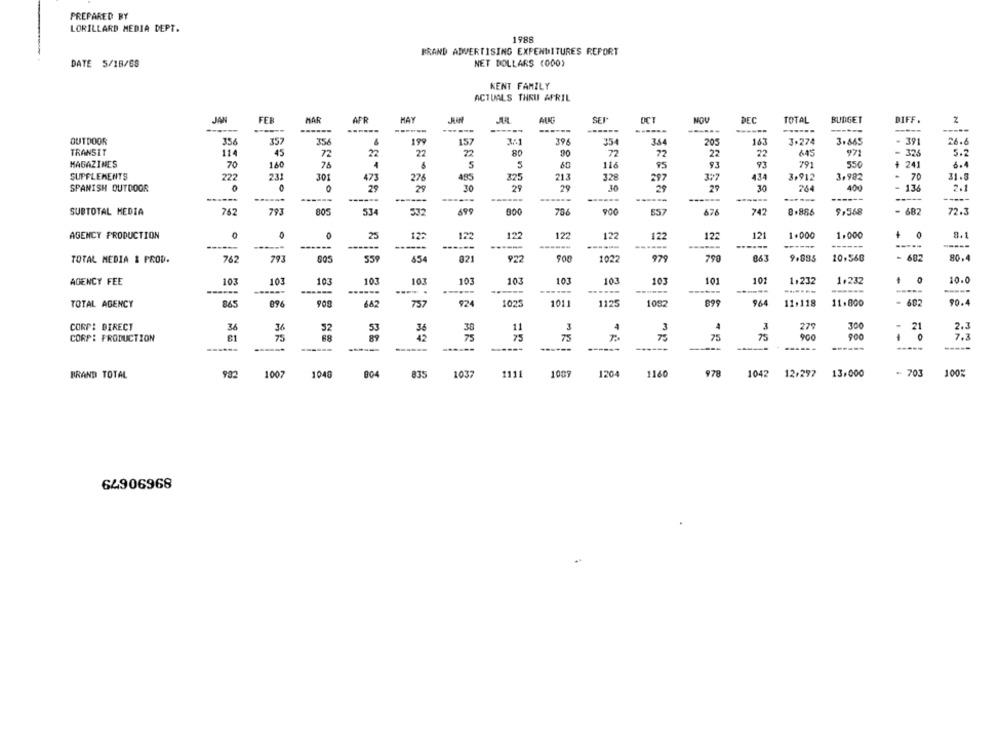
PREPARED BY
LORILLARD MEDIA DEPT.
1988
BRAND ADVERTISING EXPENDITURES REPORT
DATE 5/18/68
NET DOLLARS (000)
KENT FAMILY
ACTUALS THRU AFRIL
JAN
FER
MAR
AFR
MAY
SEI
OCT
MOU
DEC
TOTAL
BUDGET
DIFF .
------
------
------
...
-----
OUTDOOR
356
357
356
199
157
3:1
396
354
354
205
163
3.274
3.865
.
391
26.6
27
TRANSIT
114
45
2
90
77
72
22
22
645
971
324
5.2
MAGAZINES
70
160
76
S
116
85
93
93
791
550
+
241
6.4
SUPPLEMENTS
222
231
301
473
276
485
213
328
297
377
434
3,912
3,982
70
31.5
SPANISH OUTDOOR
0
29
30
25
29
30
29
29
30
264
400
136
2.1
25
------
SUBTOTAL MEDIA
762
793
805
534
532
699
706
900
E57
676
742
8.886
9,568
- 682
72.3
121
8.1
AGENCY PRODUCTION
25
122
122
122
122
122
122
122
1.000
1.000
------
------
------
------
-----
-
863
- 682
TOTAL MEDIA & PROD.
762
793
559
454
821
922
500
1022
979
796
9.885
10,560
80.4
103
103
10.3
103
101
1,232
1.232
10.0
AGENCY FEE
103
103
103
103
103
103
101
--
......
96
11.800
- 682
90.4
TOTAL AGENCY
865
096
682
757
924
1025
1011
1125
1082
11.118
4
CORP: DIRECT
52
53
36
30
11
3
3
4
3
279
300
21
2.3
CORP: PRODUCTION
75
89
42
75
75
75
75
75
900
0
7.3
------
------
-----
-----
------
-----
-----
BRAND TOTAL
1007
1048
804
835
1037
111
1009
1204
1160
978
104
12.297
13.000
- 703
100%
64906968